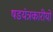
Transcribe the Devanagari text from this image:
षडयंत्रकारीयों